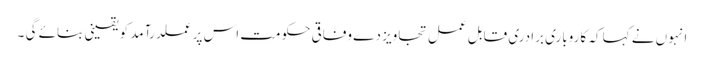
انہوں نے کہا کہ کاروباری برادری قابل عمل تجاویز دے وفاقی حکومت اس پر عملدرآمد کو یقینی بنائے گی ۔